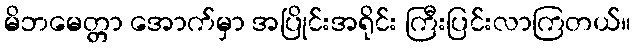
မိဘမေတ္တာ အောက်မှာ အပြိုင်းအရိုင်း ကြီးပြင်းလာကြတယ်။